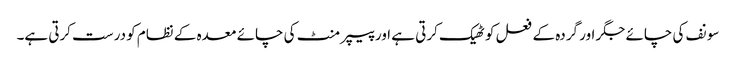
سونف کی چائے جگر اور گردہ کے فعل کو ٹھیک کرتی ہے اور پیپر منٹ کی چائے معدہ کے نظام کو درست کرتی ہے۔